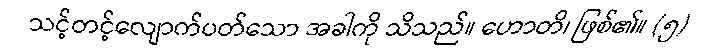
သင့်တင့်လျောက်ပတ်သော အခါကို သိသည်။ ဟောတိ၊ ဖြစ်၏။ (၅)